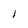
Character: i